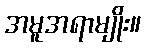
အမူအရာမျိုး။